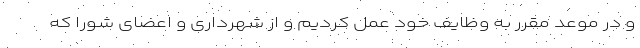
و در موعد مقرر به وظایف خود عمل کردیم و از شهرداری و اعضای شورا که